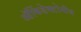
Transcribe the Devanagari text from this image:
ऑर्किडेक्टोमीव